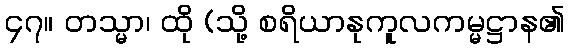
၄၇။ တသ္မာ၊ ထို (သို့ စရိယာနုကူလကမ္မဋ္ဌာန၏